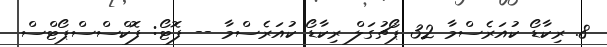
8. ރިކާޑޯ ކުއަރެސްމާ 32 ޕޯޗުގަލް ރިކާޑޯ ކުއަރެސްމާ -- ފޮޓޯ: ފޮކްސްސްޕޯޓްސް